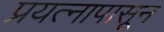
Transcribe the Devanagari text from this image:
प्रयत्‍नापासून